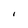
Character: 1